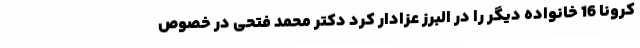
کرونا 16 خانواده دیگر را در البرز عزادار کرد دکتر محمد فتحی در خصوص